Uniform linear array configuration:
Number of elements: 32
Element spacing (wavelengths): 0.25
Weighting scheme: exponential
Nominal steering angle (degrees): -30
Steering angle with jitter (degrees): -28.877
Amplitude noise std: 0.05
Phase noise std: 0.05

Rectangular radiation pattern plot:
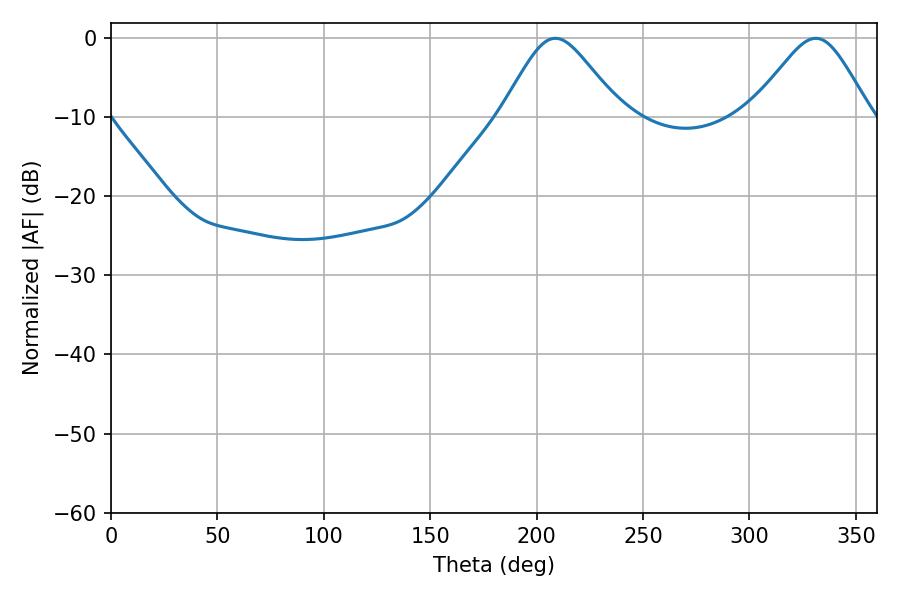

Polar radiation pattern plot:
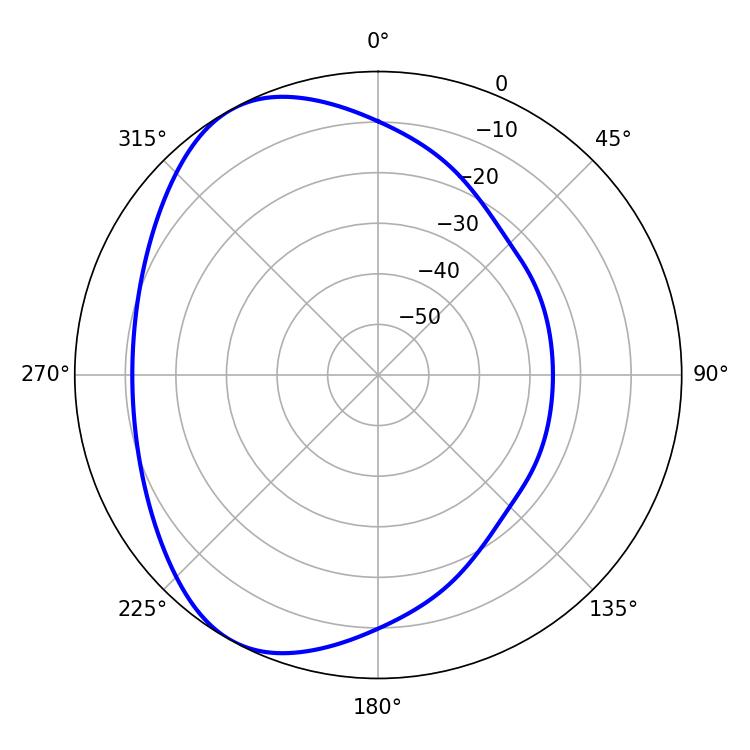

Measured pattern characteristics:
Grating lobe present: FALSE
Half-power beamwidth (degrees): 27.18
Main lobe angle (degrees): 208.8